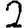
Digit: 2